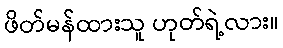
ဖိတ်မန်ထားသူ ဟုတ်ရဲ့လား။